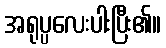
အရုပ္ပလေးပါးပြီး၏။